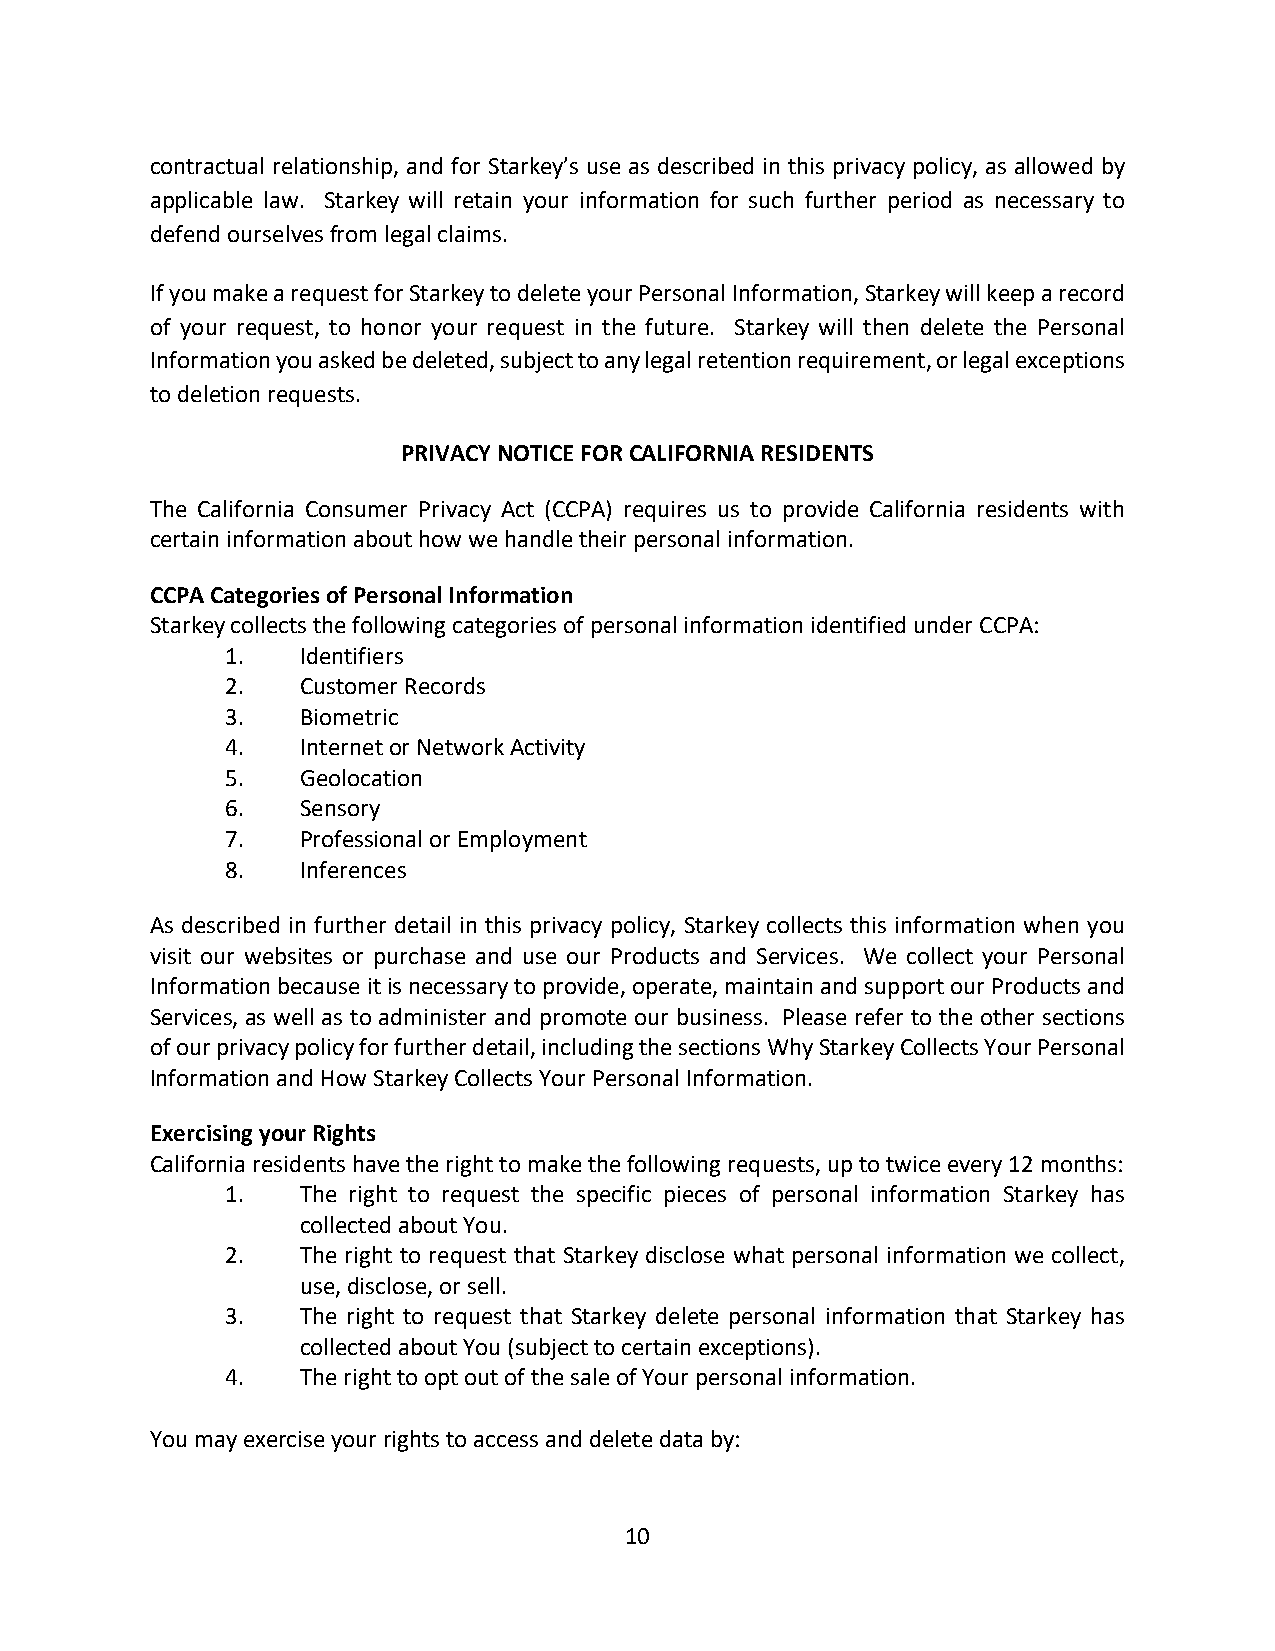
contractual relationship, and for Starkey’s use as described in this privacy policy, as allowed by
 applicable law. Starkey will retain your information for such further period as necessary to
 defend ourselves from legal claims.
 If you make a request for Starkey to delete your Personal Information, Starkey will keep a record
 of your request, to honor your request in the future. Starkey will then delete the Personal
 Information you asked be deleted, subject to any legal retention requirement, or legal exceptions
 to deletion requests.
 PRIVACY NOTICE FOR CALIFORNIA RESIDENTS
 The California Consumer Privacy Act (CCPA) requires us to provide California residents with
 certain information about how we handle their personal information.
 CCPA Categories of Personal Information
 Starkey collects the following categories of personal information identified under CCPA:
 1.   Identifiers
 2.   Customer Records
 3.   Biometric
 4.   Internet or Network Activity
 5.   Geolocation
 6.   Sensory
 7.   Professional or Employment
 8.   Inferences
 As described in further detail in this privacy policy, Starkey collects this information when you
 visit our websites or purchase and use our Products and Services. We collect your Personal
 Information because it is necessary to provide, operate, maintain and support our Products and
 Services, as well as to administer and promote our business. Please refer to the other sections
 of our privacy policy for further detail, including the sections Why Starkey Collects Your Personal
 Information and How Starkey Collects Your Personal Information.
 Exercising your Rights
 California residents have the right to make the following requests, up to twice every 12 months:
 1.   The right to request the specific pieces of personal information Starkey has
 collected about You.
 2.   The right to request that Starkey disclose what personal information we collect,
 use, disclose, or sell.
 3.   The right to request that Starkey delete personal information that Starkey has
 collected about You (subject to certain exceptions).
 4.   The right to opt out of the sale of Your personal information.
 You may exercise your rights to access and delete data by:
 10